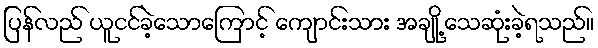
ပြန်လည် ယူငင်ခဲ့သောကြောင့် ကျောင်းသား အချို့ သေဆုံးခဲ့ရသည်။